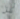
كل